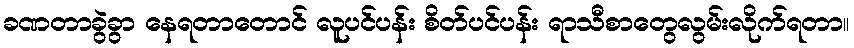
ခဏတာခွဲခွာ နေရတာတောင် လူပင်ပန်း စိတ်ပင်ပန်း ရာသီစာတွေလွမ်းလိုက်ရတာ။